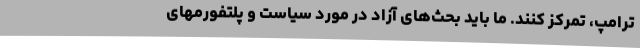
ترامپ، تمرکز کنند. ما باید بحث‌های آزاد در مورد سیاست و پلتفورمهای